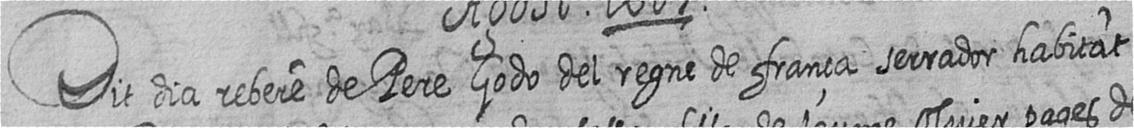
Dit dia rebere de Pere Godo del regne de frança serrador habitat